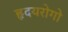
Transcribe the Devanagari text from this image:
हृदयरोगो